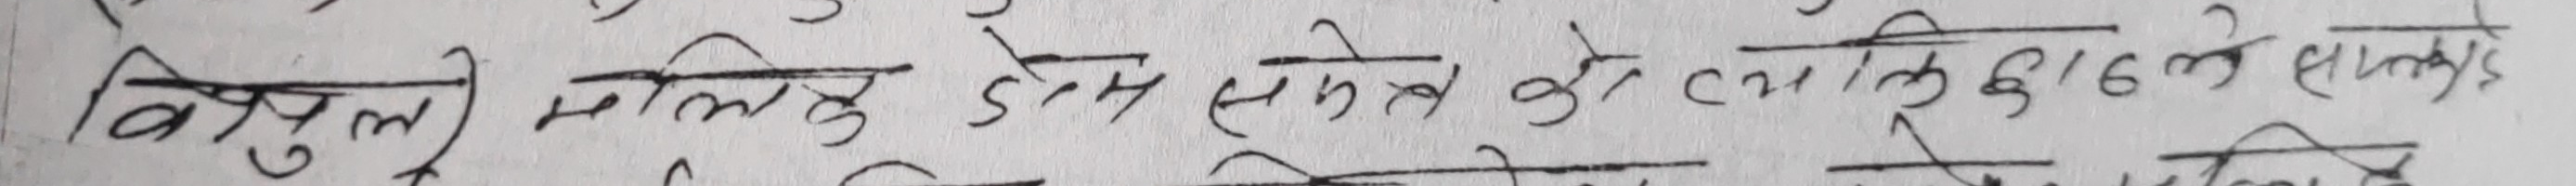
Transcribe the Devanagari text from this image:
विपुल मलिकु डोम समेल को त्याकुड१६ ले सक्यो